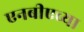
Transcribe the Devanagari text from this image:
एनबीएच्या